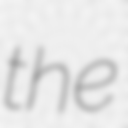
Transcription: the